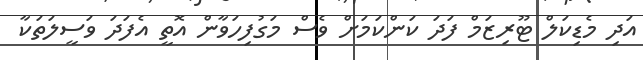
އަދި މެޑިކަލް ޓޫރިޒަމް ފަދަ ކަންކަމަށް ވެސް މަގުފިހަވާން އޮތީ އެފަދަ ވަސީލަތަކާ